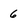
Character: 6